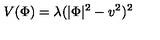
V ( \Phi ) = \lambda ( | \Phi | ^ { 2 } - v ^ { 2 } ) ^ { 2 }